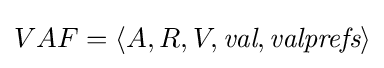
VAF=\langle A,R,V,{\textit {val}},{\textit {valprefs}}\rangle